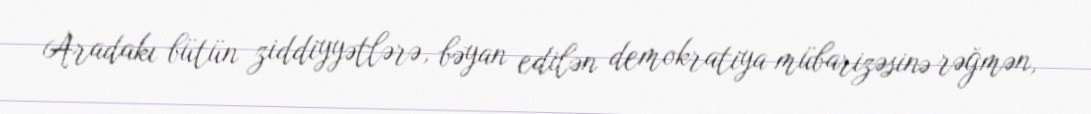
Aradakı bütün ziddiyyətlərə, bəyan edilən demokratiya mübarizəsinə rəğmən,